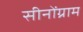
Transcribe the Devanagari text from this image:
सीनोंग्राम